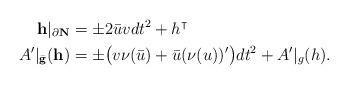
LaTeX: \begin{align*}{\bf h} |_{\partial \bf N} &= \pm 2 \bar u v dt^2 + h^\intercal\\A'|_{\bar {\bf g}} (\bf h)&= \pm \big( v \nu (\bar u) + \bar u (\nu(u))' \big) dt^2 + A'|_g(h).\end{align*}